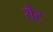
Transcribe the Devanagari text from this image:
रौट्